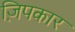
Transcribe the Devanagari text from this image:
ज़िपकार